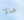
مالا